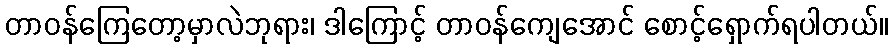
တာဝန်ကြေတော့မှာလဲဘုရား၊ ဒါကြောင့် တာဝန်ကျေအောင် စောင့်ရှောက်ရပါတယ်။